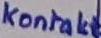
Text: Kontakt